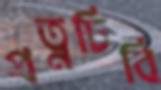
প্রত্নঢিবি